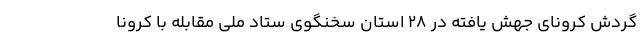
گردش کرونای جهش یافته در ۲۸ استان سخنگوی ستاد ملی مقابله با کرونا